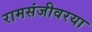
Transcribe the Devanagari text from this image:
रामसंजीवरया